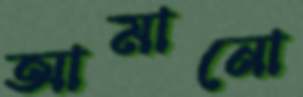
আমানো